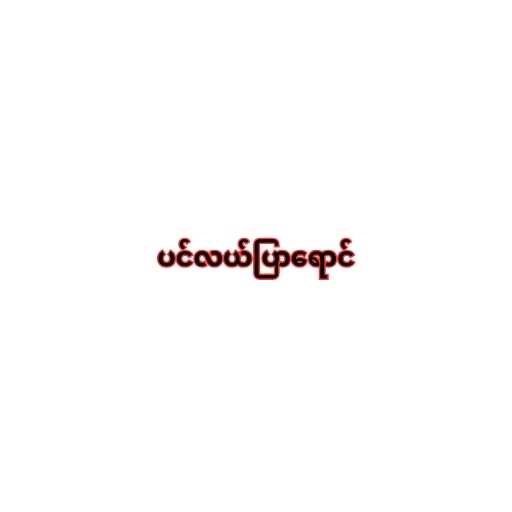
ပင်လယ်ပြာရောင်